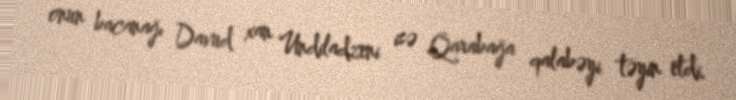
onun bacanağı Davud xan Undiladzeni isə Qarabağa qalabəyi təyin etdi.